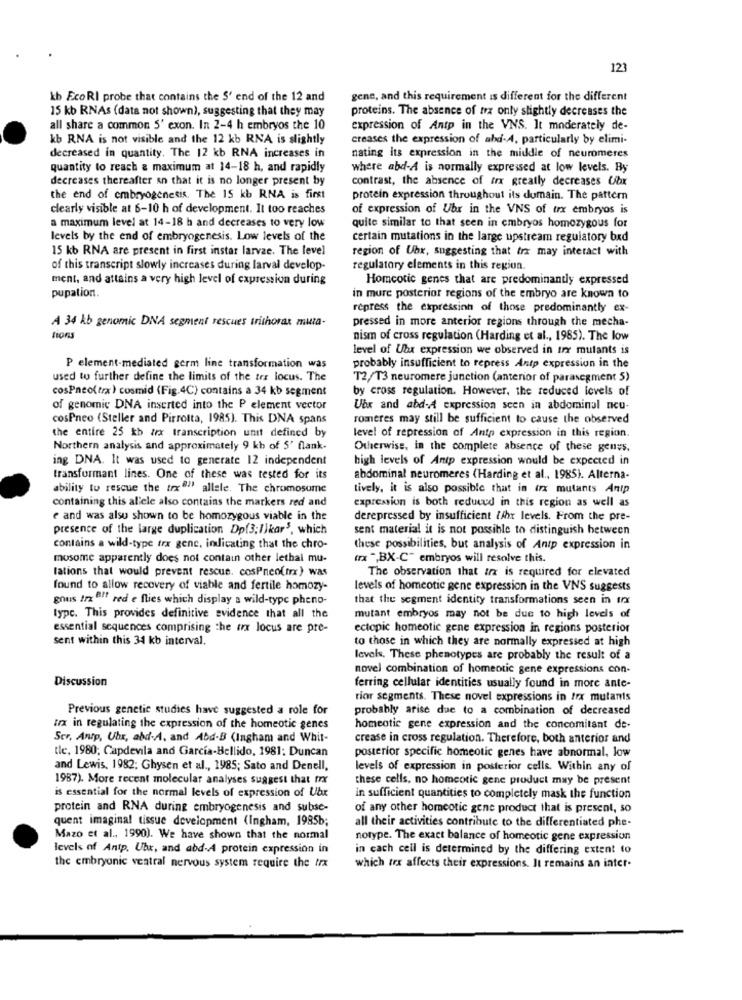
123
Ib EcoRI probe that contains the S' end of the 12 and
gene, and this requirement is different for the different
15 kb RNAs (data not shown), suggesting that they may
proteins. The absence of trx only slightly decreases the
all share a common 5' exon. In 2-4 h embryos the 10
expression of Antp in the VNS. It moderately de-
kb RNA is not visible and the 12 kb RNA is slightly
creases the expression of abd-4, particularly by elimi-
decreased in quantity. The 12 kb RNA increases in
nating its expression in the middle of neuromeres
quantity to reach a maximum at 14-18 h, and rapidly
where abd-A is normally expressed at low levels. By
decreases thereafter sn that it is no longer present by
contrast, the absence of irx greatly decreases Ubx
the end of embryogenetis. The 15 kb RNA is first
protein expression throughout its dumain. The pattern
clearly visible at 6-10 h of development. It too reaches
of expression of Ubr in the VNS of trx embryos is
a maximum level at 14-18 h and decreases to very low
quite similar to that seen in embryos homozygous for
levels by the end of embryogenesis. Low levels of the
certain mutations in the large upstream regulatory bxd
15 kb RNA are present in first instar larvae. The level
region of Ubr, suggesting that trx may interact with
of this transcript slowly increases during larval develop-
regulatory elements in this region.
ment, and attains a very high level of expression during
Homcotic genes that are predominantly expressed
pupation.
in mure posterior regions of the embryo are known to
repress the expressinn of those predominantly ex-
pressed in more anterior regions through the mecha-
A 34 kb genomic DNA segment rescues trithorax mia-
tions
nism of cross regulation (Harding et al ., 1985). The low
level of Ubx expression we observed in trx mutants is
P element-mediated germ line transformation was
probably insufficient to repress Antp expression in the
used to further define the limits of the ter locus. The
T2/T3 neuromere junction (anterior of parasegment 5)
cosPneo(trx) cosmid (Fig.4C) contains a 34 kb segment
by cross regulation. However, the reduced levels of
of genomic DNA inserted into the P element vector
Ubx and abd-A expression scen in abdominal neu-
cosPneo (Steller and Pirrotta, 1985). This DNA spans
romeres may still be sufficient to cause the observed
the entire 25 kb arx transcription unit defined by
level of repression of Antp expression in this region.
Northern analysis, and approximately 9 kb of 5' flank-
Otherwise, in the complete absence of these genes.
ing DNA. It was used to generate 12 independent
high levels of Antp expression would be expected in
transformant lines. One of these was tested for its
abdominal neuromeres (Harding et al ., 1985). Alterna-
ability to rescue the trx"" allele. The chromosome
tively, it is also possible that in (rx mutants Antp
containing this al'ele also contains the markers red and
expression is both reduced in this region as well as
e and was alsu shown to be homozygous viable in the
derepressed by insufficient {/hr levels. From the pre-
presence of the large duplication Dp(3:1)kar5, which
sent material it is not possible to distinguish between
contains a wild-type trx gene, indicating that the chro-
these possibilities, but analysis of Antp expression in
mosome apparently does not contain other lethal mu-
(x ",BX-C" embryos will resolve this.
lations that would prevent rescue. cosPneo(fx ) was
The observation that ax is required for elevated
found to allow recovery of viable and fertile homozy-
levels of homeotic gene expression in the VNS suggests
gnus Iz Bff red e flies which display a wild-type pheno-
that the segment identity transformations seen in trx
typc. This provides definitive evidence that all the
mutant embryos may not be due to high levels of
essential sequences comprising the trx locus are pre-
ectopic homeotic gene expression in regions posterior
sent within this 34 kb interval.
to those in which they are normally expressed at high
levels. These phenotypes are probably the result of a
novel combination of homeotic gene expressions con-
Discussion
ferring cellular identities usually found in more ante-
rior segments. These novel expressions in trx mutants
Previous genetic studies have suggested a role for
probably arise due to a combination of decreased
trx in regulating the expression of the homeotic genes
homeotic gene expression and the concomitant de-
Ser, Antp, Uhr, abd-A, and Abd-B (Ingham and Whit-
crease in cross regulation. Therefore, both anterior and
tle, 1980; Capdevila and García-Bellido, 1981; Duncan
posterior specific homeotic genes have abnormal, low
and Lewis, 1982; Ghysen et al ., 1985; Sato and Denell,
levels of expression in posterior cells. Within any of
1987). More recent molecular analyses suggest that trx
these cells, no homeotic gene product may be present
is essential for the normal levels of expression of Ubr
in sufficient quantities to completely mask the function
protein and RNA during embryogenesis and subse-
of any other homeotic gene product that is present, so
quent imaginal tissue development (Ingham, 1985b;
all their activities contribute to the differentiated phe-
Mazo et al ., 1990). We have shown that the normal
notype. The exact balance of homeotic gene expression
levels of Antp. Ubr, and abd-A protein expression in
in cach cell is determined by the differing extent to
the embryonic veatral nervous system require the trx
which trx affects their expressions. It remains an inter-